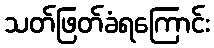
သတ်ဖြတ်ခံရကြောင်း